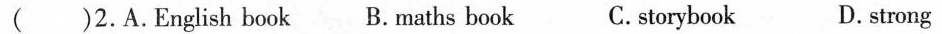
( )2.A.English book B. maths book C.storybook D.strong